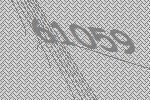
61059